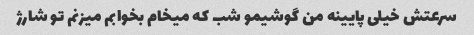
سرعتش خیلی پایینه من گوشیمو شب که میخام بخوابم میزنم تو شارژ